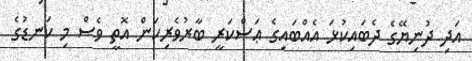
އަދި ދުނިޔޭގެ ދެބައިކުޅަ އެއްބައިގެ ޢަސްކަރީ ބާރުވެރިކަން އޮތީ ވެސް މި ކަނޑުގެ